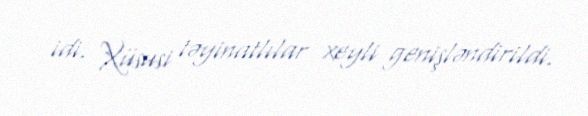
idi. Xüsusi təyinatlılar xeyli genişləndirildi.